Vaccination in Bombay 1889-1901 - 1889-1901
Year: 1889
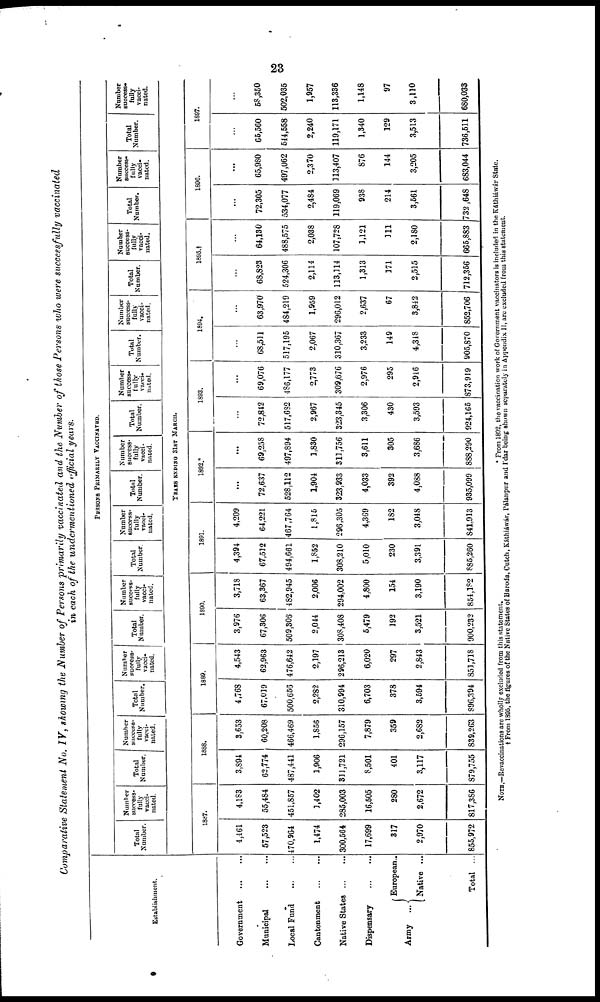
23
Comparative Statement No. IV, showing the Number of Persons primarily vaccinated and the Number of those Persons who were successfully vaccinated
in each of the undermentioned official years.
Establishment.
Government...
...
Municipal...
...
Local
Fund...
...
Cantonment...
...
Native
States...
...
Dispensary...
...
Army ...
European..
Native ...
Total ...
PERSONS PRIMARILY VACCINATED.
Total
Number.
Number
success-
fully
vacci¬
nated.
Total
Number.
Number
success¬
fully
vacci-
nated.
Total
Number.
Number
success-
fully
vacci-
nated.
Total
Number.
Number
success-
fully
vacci-
nated.
Total
Number.
Number
success-
fully
vacci-
nated.
Total
Number.
Number
success-
fully
vacci-
nated.
Total
Number.
Number
success-
fully
vacci¬
nated.
Total
Number.
Number
success-
fully
vacci-
nated.
Total
Number.
Number
success-
fully
vacci-
nated.
Total
Number.
Number
success¬
fully
vacci-
nated.
Total
Number.
Number
success¬
fully
vacci-
nated.
YEARS ENDING 31ST MARCH.
1887.
4,461
57,523
470,964
1,474
300,564
17,699
317
2,970
855,972
4,183
55,484
451,857
1,402
285,003
16,505
280
2,672
817,386
1888.
3,894
62,774
487,441
1,906
311,721
8,501
401
3,117
879,755
3,653
60,208
466,469
1,856
296,157
7,879
359
2,682
839,263
1889.
4,768
67,019
500,656
2,282
310,994
6,703
378
3,594
896,394
4,543
62,963
476,642
2,197
296,213
6,020
297
2,843
851,718
1890.
3,976
67,306
509,306
2,044
308,408
5,479
192
3,521
900,232
3,718
63,367
482,945
2,006
294,002
4,800
154
3,190
854,182
1891.
4,394
67,512
494,661
1,852
308,210
5,010
230
3,391
886,260
4,209
64,221
467,764
1,815
296,305
4,369
182
3,048
841,913
1892.*
...
72,637
528,112
1,904
323,933
4,033
392
4,088
935,099
...
69,258
497,894
1,830
311,756
3,611
305
3,686
888,290
1893.
...
72,842
517,682
2,967
323,345
3,306
430
3,593
924,165
...
69,076
486,177
2,773
309,676
2,976
295
2,946
873,919
1894.
...
68,511
517,195
2,067
310,367
3,233
149
4,348
905,870
...
63,970
484,219
1,959
296,012
2,637
67
3,842
852,706
1895.†
...
68,823
524,306
2,114
113,114
1,313
171
2,515
712,356
...
64,130
488,575
2,038
107,728
1,121
111
2, 180
665,883
1896.
...
72,305
534,077
2,484
119,069
938
214
3,561
732 ,648
...
65,980
497,062
2,370
113,407
876
144
3,205
683,044
1897.
...
65,560
544,558
2,240
119,171
1,340
129
3,513
736,511
...
58,350
502,035
1,957
113,336
1,148
97
3,110
680,033
NOTE.—Revaccinations are wholly excluded from this statement.
* From 1892, the vaccination work of Government vaccinators is included in the Káthiáwár State.
† From 1895, the figures of the Native States of Baroda, Cutch, Káthiáwár, Pálanpur and I'dar being shown separately in Appendix II, are excluded from this statement.